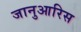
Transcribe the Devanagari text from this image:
जानुआरिस